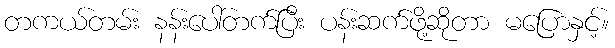
တကယ်တမ်း နန်းပေါ်တက်ပြီး ပန်းဆက်ဖို့ဆိုတာ မပြောနှင့်။